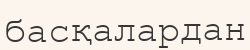
басқалардан